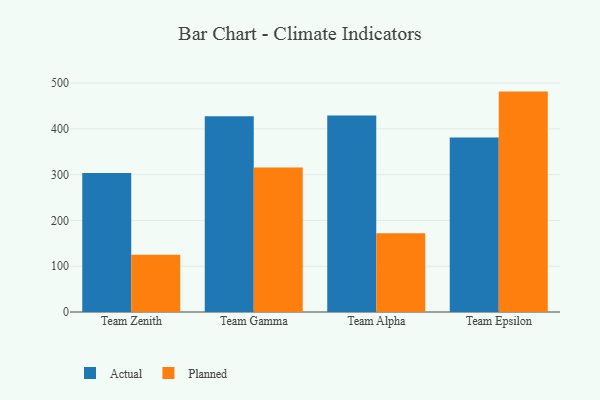
{"axis": {"x": "Team", "y": "Demand Index"}, "legend": ["Actual", "Planned"], "data": [{"x": "Team Zenith", "y": 303.4, "type": "Actual"}, {"x": "Team Zenith", "y": 125.2, "type": "Planned"}, {"x": "Team Gamma", "y": 427.6, "type": "Actual"}, {"x": "Team Gamma", "y": 315.5, "type": "Planned"}, {"x": "Team Alpha", "y": 429.1, "type": "Actual"}, {"x": "Team Alpha", "y": 172.1, "type": "Planned"}, {"x": "Team Epsilon", "y": 381.0, "type": "Actual"}, {"x": "Team Epsilon", "y": 481.3, "type": "Planned"}]}